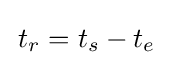
\,t_{r}=t_{s}-t_{e}